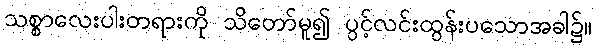
သစ္စာလေးပါးတရားကို သိတော်မူ၍ ပွင့်လင်းထွန်းပသောအခါ၌။